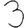
Digit: 3